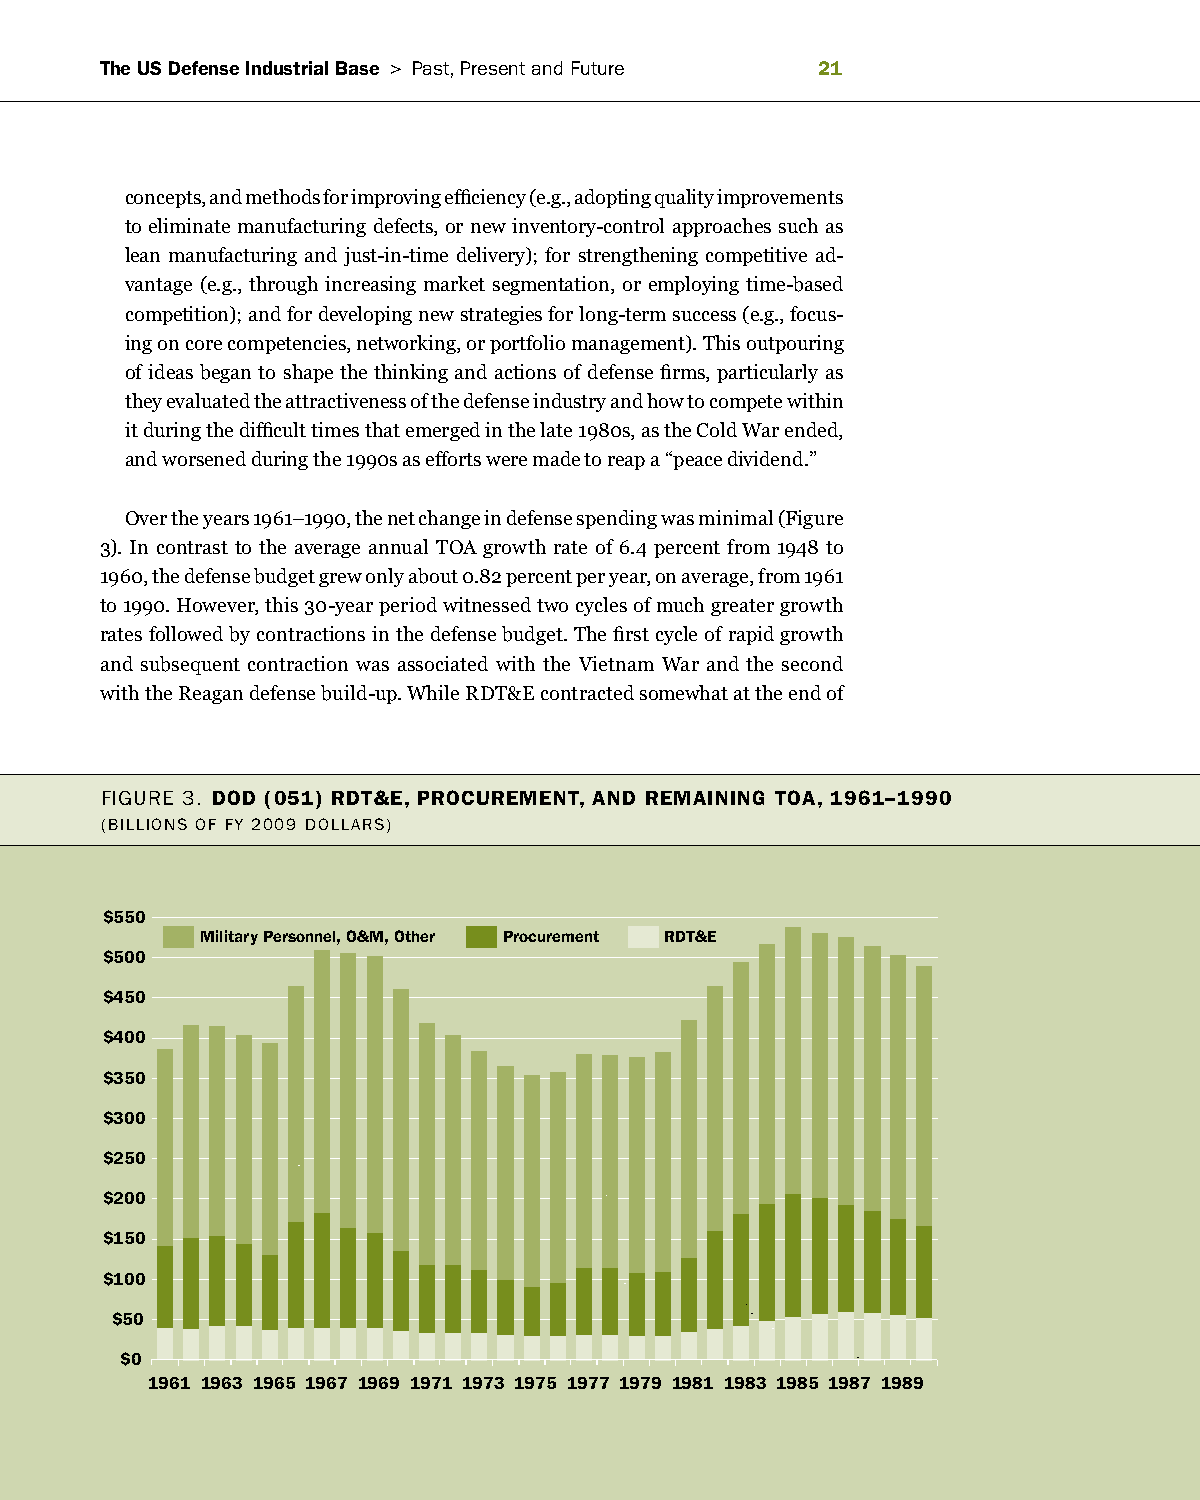
The US Defense Industrial Base > Past, Present and future 1
 concepts, and methods for improving efficiency (e.g., adopting quality improvements
 to eliminate manufacturing defects, or new inventory-control approaches such as
 lean manufacturing and just-in-time delivery); for strengthening competitive ad-
 vantage (e.g., through increasing market segmentation, or employing time-based
 competition); and for developing new strategies for long-term success (e.g., focus-
 ing on core competencies, networking, or portfolio management). This outpouring
 of ideas began to shape the thinking and actions of defense firms, particularly as
 they evaluated the attractiveness of the defense industry and how to compete within
 it during the difficult times that emerged in the late 1980s, as the Cold War ended,
 and worsened during the 1990s as efforts were made to reap a “peace dividend.”
 Over the years 1961–1990, the net change in defense spending was minimal (Figure
 3). In contrast to the average annual TOA growth rate of 6.4 percent from 1948 to
 1960, the defense budget grew only about 0.82 percent per year, on average, from 1961
 to 1990. However, this 30-year period witnessed two cycles of much greater growth
 rates followed by contractions in the defense budget. The first cycle of rapid growth
 and subsequent contraction was associated with the Vietnam War and the second
 with the Reagan defense build-up. While RDT&E contracted somewhat at the end of
 figure 3. DoD (01) rDT&e, ProcUremenT, anD remaInIng Toa, 191–1990
 (BiLLionS of fy 2009 DoLLarS)
 $550
 Military Personnel, O&M, Other Procurement RDT&E
 $500
 $450
 $400
 $350
 $300
 $250
 $200
 $150
 $100
 $50
 $0
 1961 1963 1965 1967 1969 1971 1973 1975 1977 1979 1981 1983 1985 1987 1989
 sralloD
 9002
 YF
 fo
 snoilliB